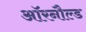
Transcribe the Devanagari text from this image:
ऑरनौल्ड